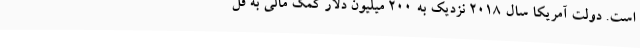
است. دولت آمریکا سال 2018 نزدیک به 200 میلیون دلار کمک مالی به فل